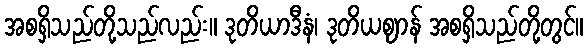
အစရှိသည်တို့သည်လည်း။ ဒုတိယာဒီနံ၊ ဒုတိယဈာန် အစရှိသည်တို့တွင်။